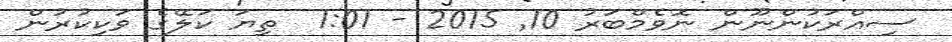
ސިއްރަކުންނޫން ނޮވެމްބަރު 10